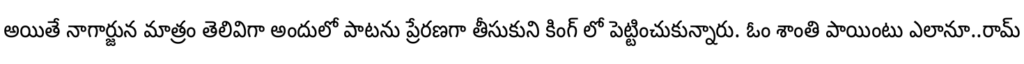
అయితే నాగార్జున మాత్రం తెలివిగా అందులో పాటను ప్రేరణగా తీసుకుని కింగ్ లో పెట్టించుకున్నారు. ఓం శాంతి పాయింటు ఎలానూ..రామ్